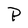
Character: P